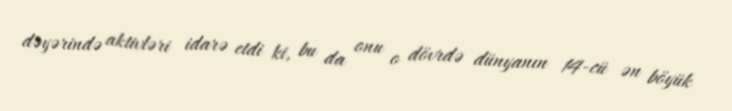
dəyərində aktivləri idarə etdi ki, bu da onu o dövrdə dünyanın 14-cü ən böyük